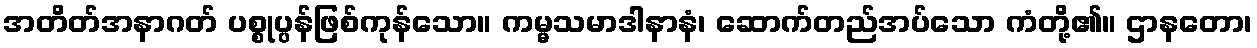
အတိတ်အနာဂတ် ပစ္စုပ္ပန်ဖြစ်ကုန်သော။ ကမ္မသမာဒါနာနံ၊ ဆောက်တည်အပ်သော ကံတို့၏။ ဌာနတော၊